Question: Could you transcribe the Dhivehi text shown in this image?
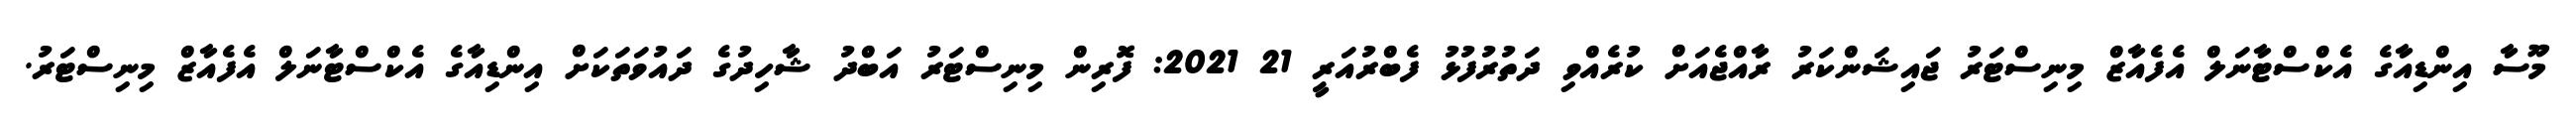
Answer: މޫސާ އިންޑިއާގެ އެކްސްޓާނަލް އެފެއާޒް މިނިސްޓަރު ޖައިޝަންކަރު ރާއްޖެއަށް ކުރެއްވި ދަތުރުފުޅު ފެބްރުއަރީ 21 2021: ފޮރިން މިނިސްޓަރު އަބްދު ޝާހިދުގެ ދައުވަތަކަށް އިންޑިއާގެ އެކްސްޓާނަލް އެފެއާޒް މިނިސްޓަރު.